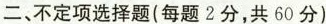
二、不定项选择题(每题2分，共60分)